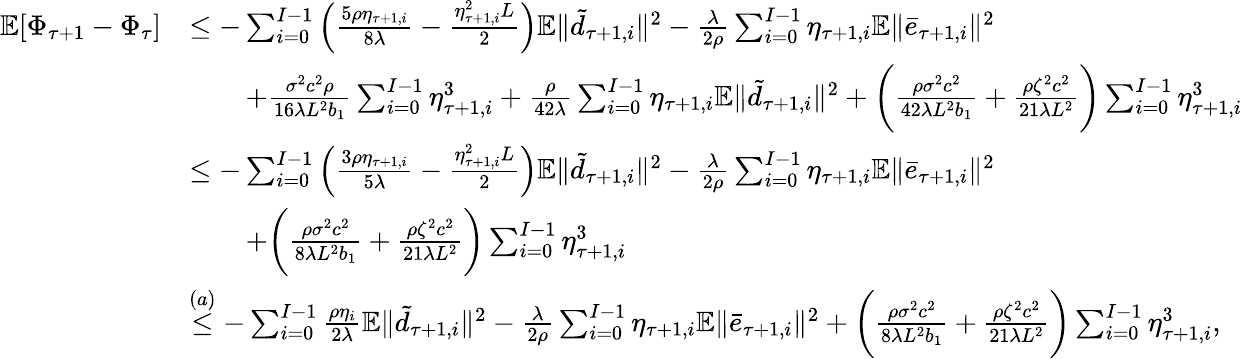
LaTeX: \begin{array}{rl}{\mathbb{E}[\Phi_{\tau+1}-\Phi_{\tau}]}&{\leq-\sum_{i=0}^{I-1}\left(\frac{5\rho\eta_{\tau+1,i}}{8\lambda}-\frac{\eta_{\tau+1,i}^{2}L}{2}\right)\mathbb{E}\| \tilde{d}_{\tau+1,i}\| ^{2}-\frac{\lambda}{2\rho}\sum_{i=0}^{I-1}\eta_{\tau+1,i}\mathbb{E}\| \bar{e}_{\tau+1,i}\| ^{2}}\\ &{\qquad+\frac{\sigma^{2}c^{2}\rho}{16\lambda L^{2}b_{1}}\sum_{i=0}^{I-1}\eta_{\tau+1,i}^{3}+\frac{\rho}{42\lambda}\sum_{i=0}^{I-1}\eta_{\tau+1,i}\mathbb{E}\| \tilde{d}_{\tau+1,i}\| ^{2}+\bigg(\frac{\rho\sigma^{2}c^{2}}{42\lambda L^{2}b_{1}}+\frac{\rho\zeta^{2}c^{2}}{21\lambda L^{2}}\bigg)\sum_{i=0}^{I-1}\eta_{\tau+1,i}^{3}}\\ &{\leq-\sum_{i=0}^{I-1}\left(\frac{3\rho\eta_{\tau+1,i}}{5\lambda}-\frac{\eta_{\tau+1,i}^{2}L}{2}\right)\mathbb{E}\| \tilde{d}_{\tau+1,i}\| ^{2}-\frac{\lambda}{2\rho}\sum_{i=0}^{I-1}\eta_{\tau+1,i}\mathbb{E}\| \bar{e}_{\tau+1,i}\| ^{2}}\\ &{\qquad+\bigg(\frac{\rho\sigma^{2}c^{2}}{8\lambda L^{2}b_{1}}+\frac{\rho\zeta^{2}c^{2}}{21\lambda L^{2}}\bigg)\sum_{i=0}^{I-1}\eta_{\tau+1,i}^{3}}\\ &{\overset{(a)}{\leq}-\sum_{i=0}^{I-1}\frac{\rho\eta_{i}}{2\lambda}\mathbb{E}\| \tilde{d}_{\tau+1,i}\| ^{2}-\frac{\lambda}{2\rho}\sum_{i=0}^{I-1}\eta_{\tau+1,i}\mathbb{E}\| \bar{e}_{\tau+1,i}\| ^{2}+\bigg(\frac{\rho\sigma^{2}c^{2}}{8\lambda L^{2}b_{1}}+\frac{\rho\zeta^{2}c^{2}}{21\lambda L^{2}}\bigg)\sum_{i=0}^{I-1}\eta_{\tau+1,i}^{3},}\end{array}